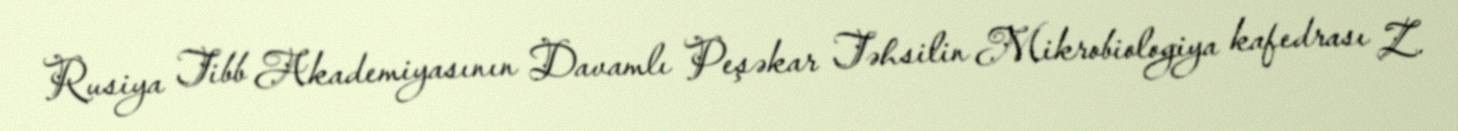
Rusiya Tibb Akademiyasının Davamlı Peşəkar Təhsilin Mikrobiologiya kafedrası Z.